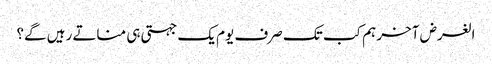
الغرض آخر ہم کب تک صرف یوم یک جہتی ہی مناتے رہیں گے؟